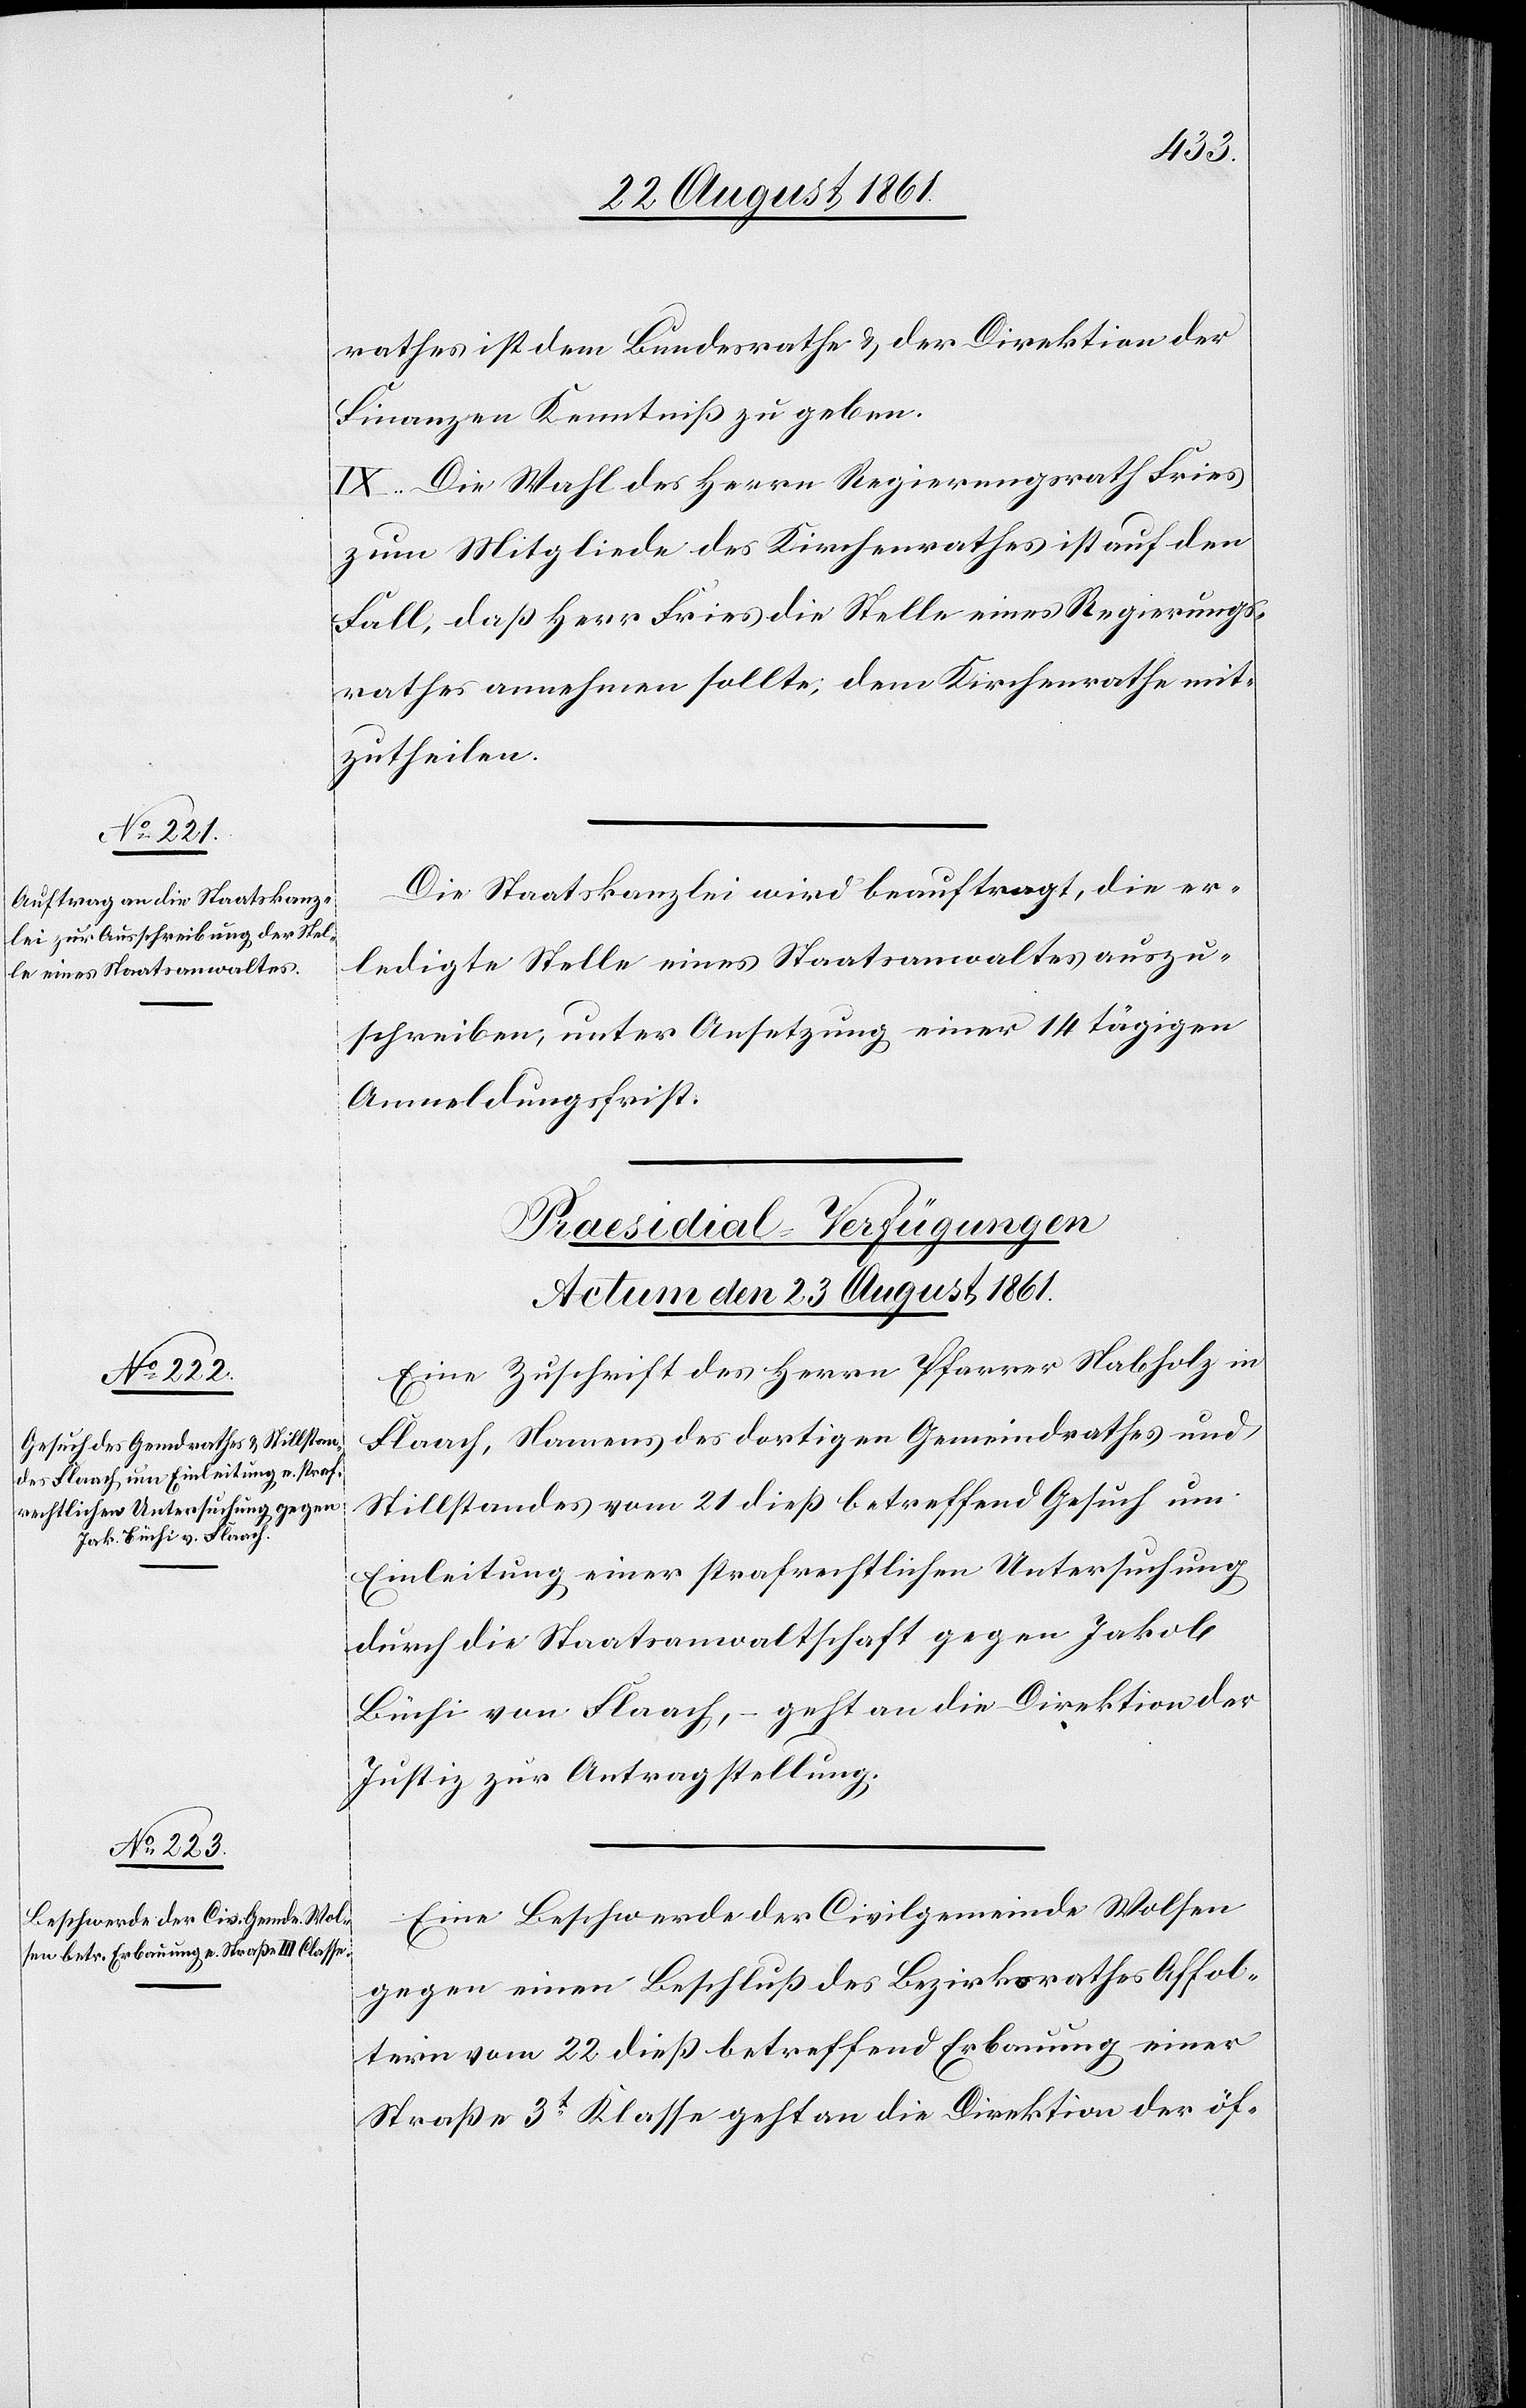
rathes ist dem Bundesrathe u. der Direktion der
Finanzen Kenntniß zu geben.
IX. Die Wahl des Herrn Regierungsrathes Fries
zum Mitgliede des Kirchenrathes ist auf den
Fall, daß Herr Fries die Stelle eines Regierungs¬
rathes annehmen sollte, dem Kirchenrathe mit¬
zutheilen.
Die Staatskanzlei wird beauftragt, die er¬
ledigte Stelle eines Staatsanwaltes auszu¬
schreiben, unter Ansetzung einer 14 tägigen
Anmeldungsfrist.
[Präsidial-Verfügungen.
Actum den 23 August 1861.]
Eine Zuschrift des Herrn Pfarrer Nabholz in
Flaach, Namens des dortigen Gemeindrathes und
Stillstandes vom 21 dieß betreffend Gesuch um
Einleitung einer strafrechtlichen Untersuchung
durch die Staatsanwaltschaft gegen Jakob
Büchi von Flaach, – geht an die Direktion der
Justiz zur Antragstellung.
Eine Beschwerde der Civilgemeinde Wolfen
gegen einen Beschluß des Bezirksrathes Affol¬
tern vom 22 dieß betreffend Erbauung einer
Straße 3t Klasse geht an die Direktion der öf-